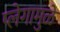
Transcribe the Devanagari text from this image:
प्लेगामुळे